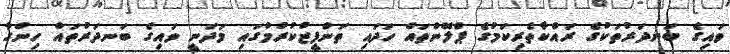
ވައިގެ ބަނދަރުތަކުގެ ރައްކާތެރިކަމުގެ ޕްލޭންތައް ހަދައި ތަންފީޒުކުރުމުގައި މަދަނީ ވައިގެ ބަނދަރުތައް ހިންގާ